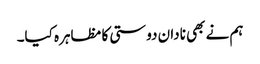
ہم نے بھی نادان دوستی کا مظاہرہ کیا۔